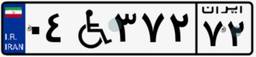
۰۴W۳۷۲۷۲